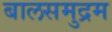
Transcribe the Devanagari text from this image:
बालसमुद्रम